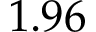
1 . 9 6